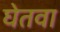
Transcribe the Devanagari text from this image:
घेतवा